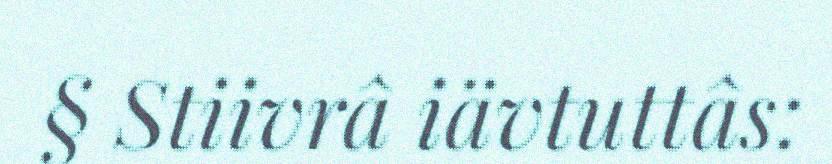
§ Stiivrâ iävtuttâs: